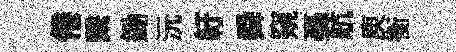
倦繋鋤沅紆舜窺戞航庾衡